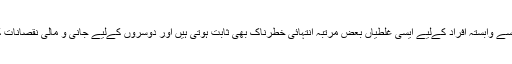
حساس اور اہم شعبوں سے وابستہ افراد کےلیے ایسی غلطیاں بعض مرتبہ انتہائی خطرناک بھی ثابت ہوتی ہیں اور دوسروں کےلیے جانی و مالی نقصانات کا باعث بھی بنتی ہیں۔